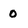
Character: 0